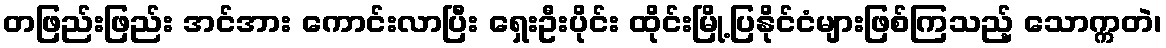
တဖြည်းဖြည်း အင်အား ကောင်းလာပြီး ရှေးဦးပိုင်း ထိုင်းမြို့ပြနိုင်ငံများဖြစ်ကြသည့် သောက္ကတဲ၊